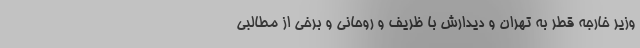
وزیر خارجه قطر به تهران و دیدارش با ظریف و روحانی و برخی از مطالبی